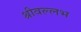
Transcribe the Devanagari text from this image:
श्रीवल्‍लभ